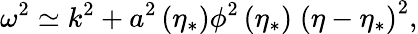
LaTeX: \omega^{2}\simeq k^{2}+a^{2}\left(\eta_{*}\right)\phi^{2}\left(\eta_{*}\right)\; \left(\eta-\eta_{*}\right)^{2},